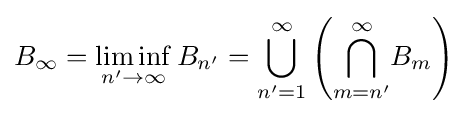
B_{\infty }=\liminf _{n'\to \infty }B_{n'}={\bigcup _{n'=1}^{\infty }}\left({\bigcap _{m=n'}^{\infty }}B_{m}\right)